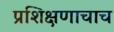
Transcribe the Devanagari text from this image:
प्रशिक्षणाचाच